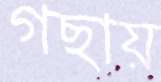
গছায়